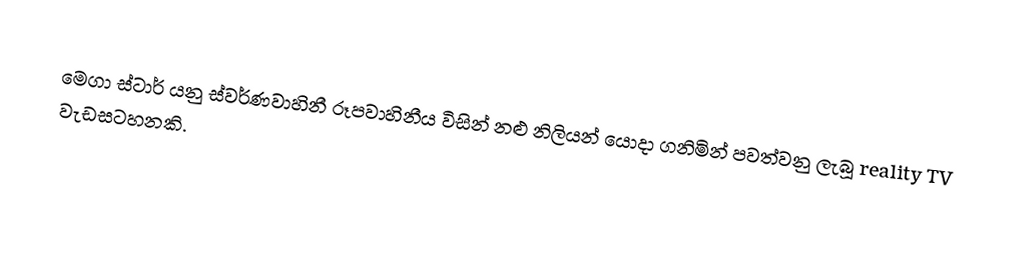
මෙගා ස්ටාර් යනු ස්වර්ණවාහිනී රූපවාහිනීය විසින් නළු නිලියන් යොදා ගනිමින් පවත්වනු ලැබූ reality TV වැඩසටහනකි.